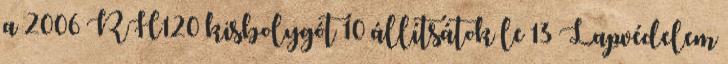
a 2006 RH120 kisbolygót 10 állítsátok le 13 Lapvédelem